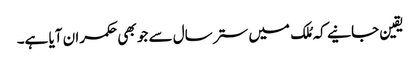
یقین جانیے کہ مُلک میں ستر سال سے جو بھی حکمران آیا ہے۔